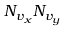
N _ { v _ { x } } N _ { v _ { y } }